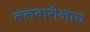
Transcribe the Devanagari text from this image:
तलवारीलाच